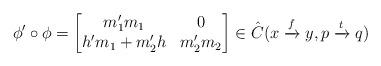
LaTeX: \begin{align*}\phi^\prime\circ\phi=\begin{bmatrix}m_1^\prime m_1&0\\h^\prime m_1+m_2^\prime h& m_2^\prime m_2\end{bmatrix}\in\hat{C}(x\xrightarrow{f}y,p\xrightarrow{t}q)\end{align*}